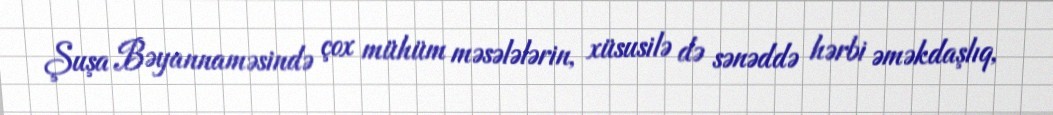
Şuşa Bəyannaməsində çox mühüm məsələlərin, xüsusilə də sənəddə hərbi əməkdaşlıq,